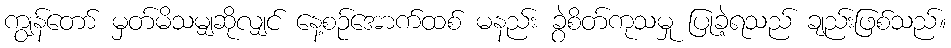
ကျွန်တော် မှတ်မိသမျှဆိုလျှင် နေ့စဉ်အောက်ထစ် မနည်း ခွဲစိတ်ကုသမှု ပြုခဲ့ရသည် ချည်းဖြစ်သည်။